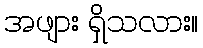
အဖျား ရှိသလား။